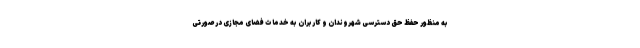
به منظور حفظ حق دسترسی شهروندان و کاربران به خدمات فضای مجازی در صورتی